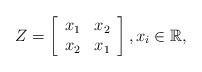
LaTeX: \begin{align*}Z = \left[ \begin{array}{cc}x_1 & x_2 \\x_2 & x_1\end{array}\right], x_i \in \mathbb{R},\end{align*}